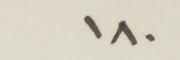
١٨٠